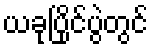
ယခုပြိုင်ပွဲတွင်